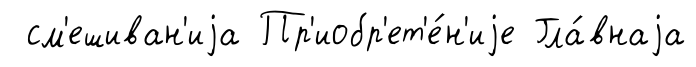
см'ешиван'иjа Пр'иобр'ет'е́н'иjе Гла́внаjа